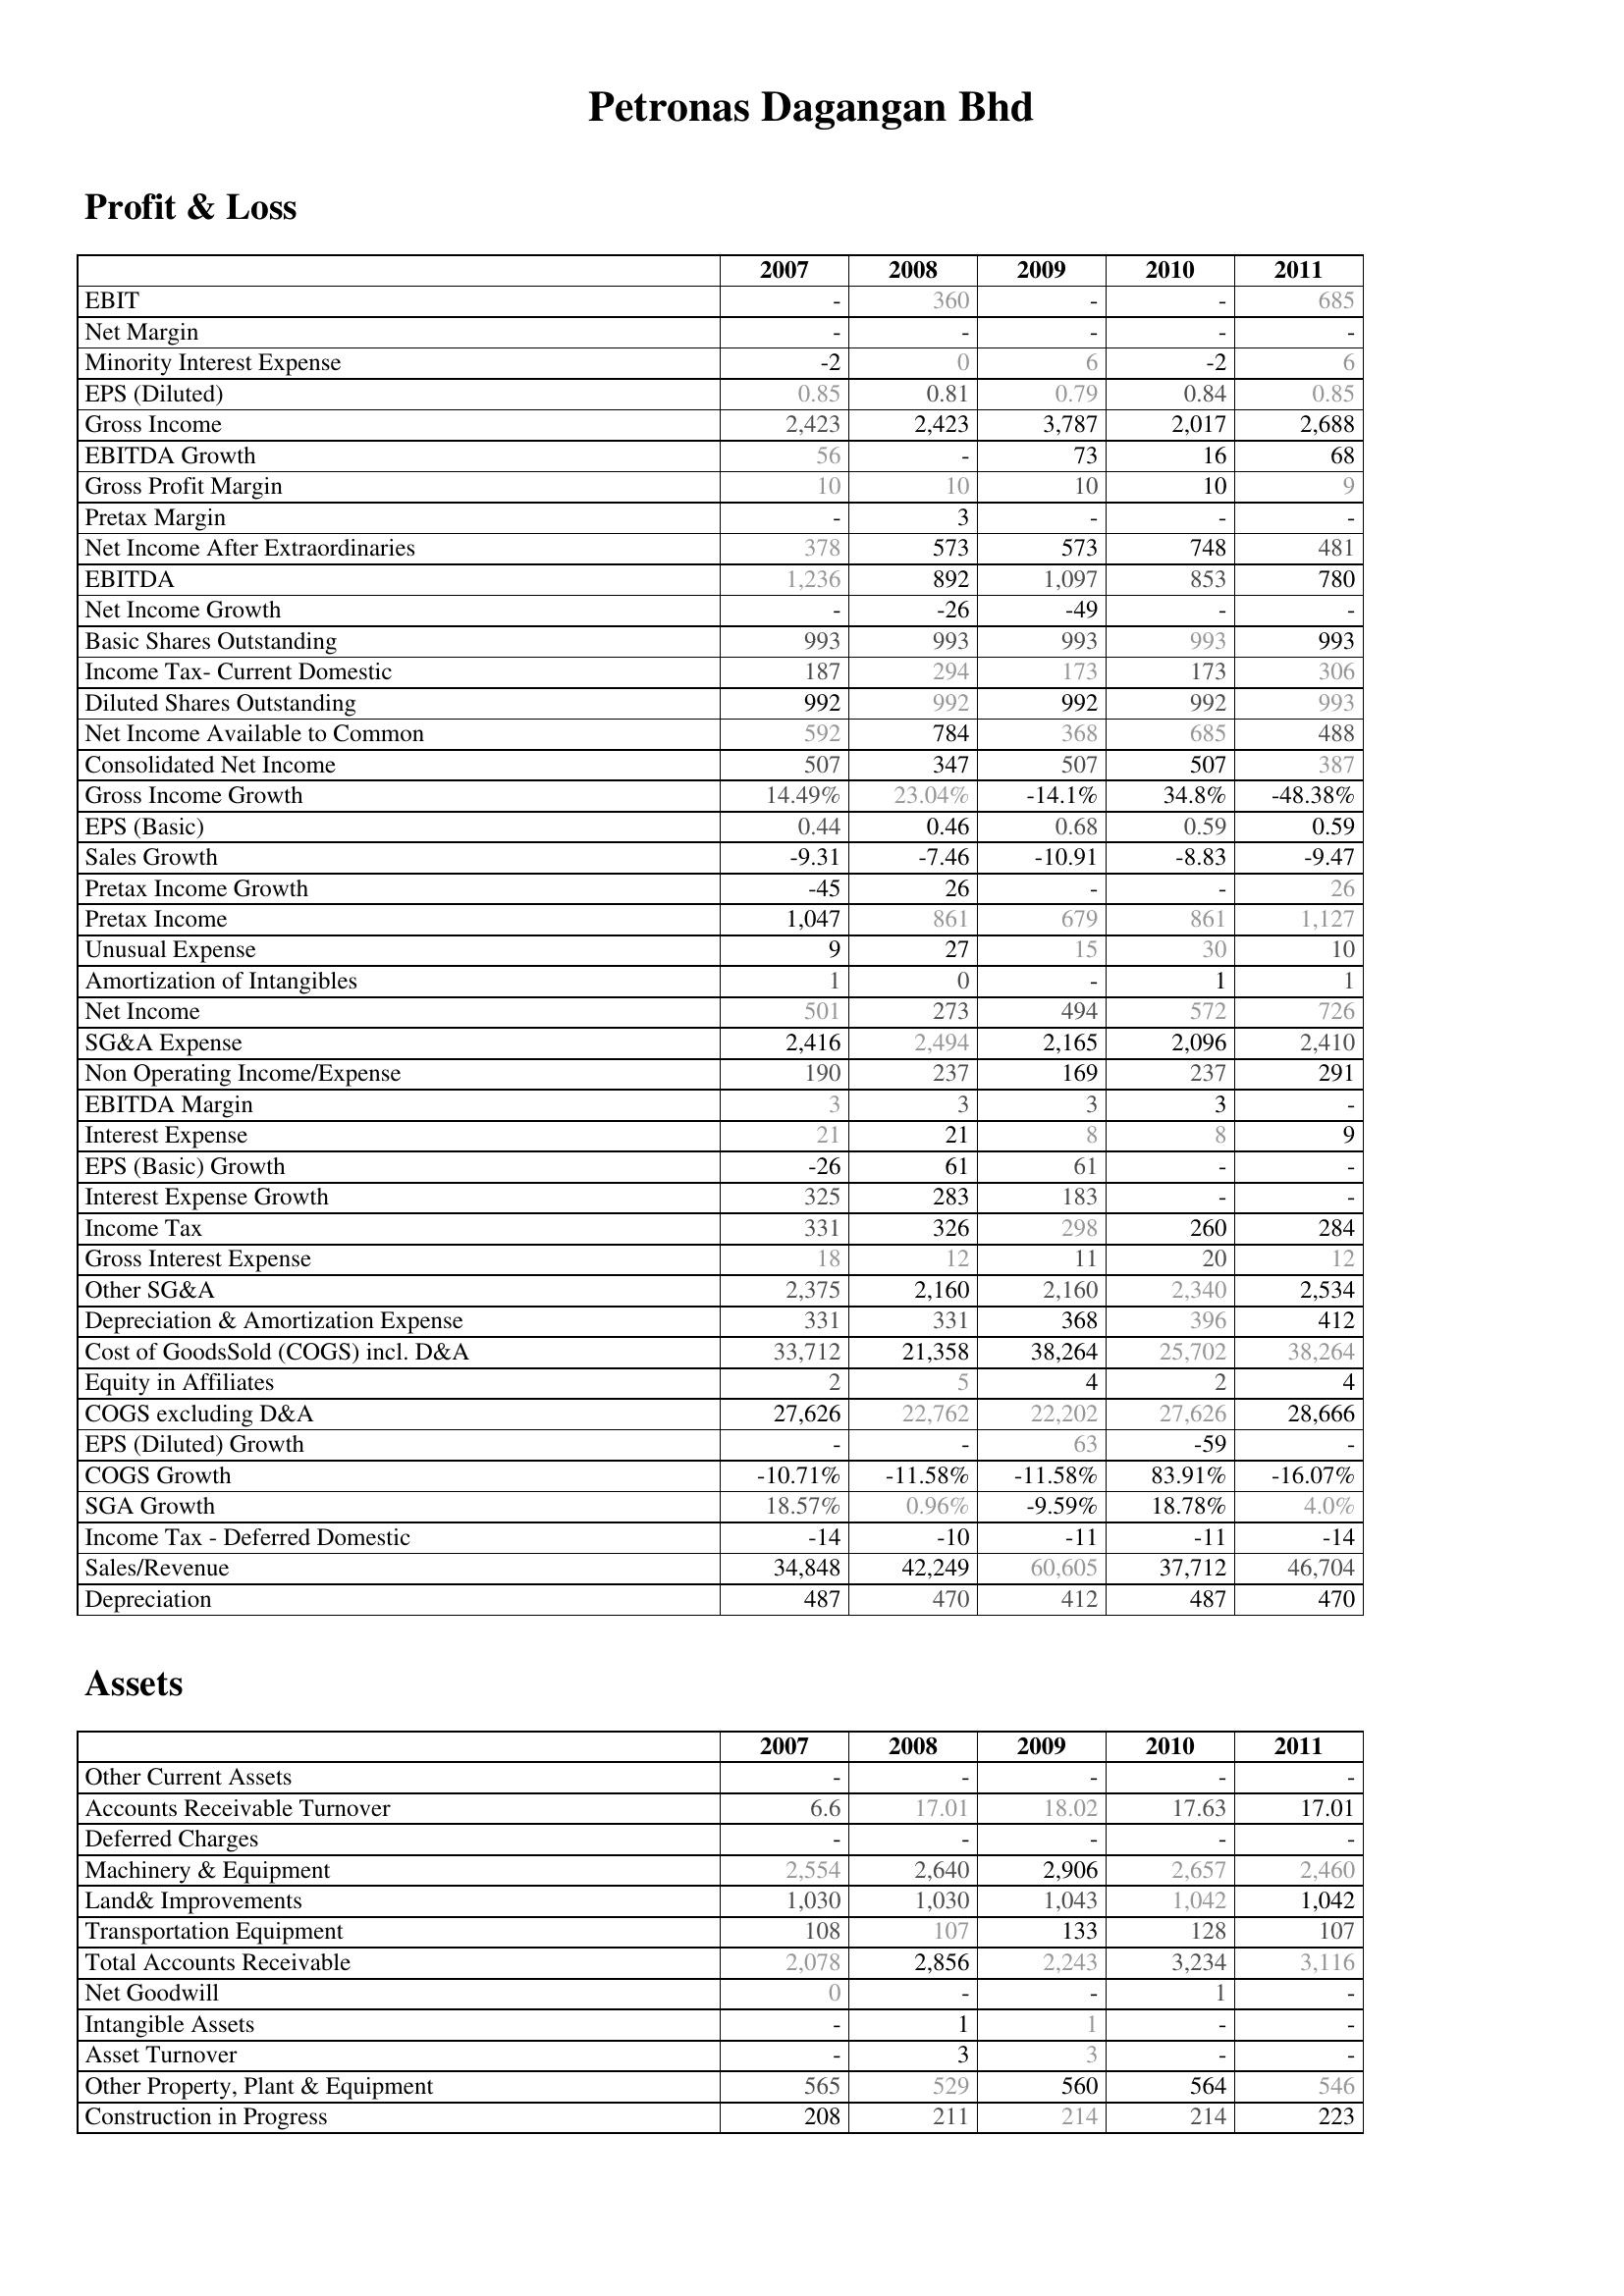
2007: Profit & Loss: EBIT: -
Net Margin: -
Minority Interest Expense: -2
EPS (Diluted): 0.85
Gross Income: 2,423
EBITDA Growth: 56
Gross Profit Margin: 10
Pretax Margin: -
Net Income After Extraordinaries: 378
EBITDA: 1,236
Net Income Growth: -
Basic Shares Outstanding: 993
Income Tax- Current Domestic: 187
Diluted Shares Outstanding: 992
Net Income Available to Common: 592
Consolidated Net Income: 507
Gross Income Growth: 14.49%
EPS (Basic): 0.44
Sales Growth: -9.31
Pretax Income Growth: -45
Pretax Income: 1,047
Unusual Expense: 9
Amortization of Intangibles: 1
Net Income: 501
SG&A Expense: 2,416
Non Operating Income/Expense: 190
EBITDA Margin: 3
Interest Expense: 21
EPS (Basic) Growth: -26
Interest Expense Growth: 325
Income Tax: 331
Gross Interest Expense: 18
Other SG&A: 2,375
Depreciation & Amortization Expense: 331
Cost of GoodsSold (COGS) incl. D&A: 33,712
Equity in Affiliates: 2
COGS excluding D&A: 27,626
EPS (Diluted) Growth: -
COGS Growth: -10.71%
SGA Growth: 18.57%
Income Tax - Deferred Domestic: -14
Sales/Revenue: 34,848
Depreciation: 487
Assets: Other Current Assets: -
Accounts Receivable Turnover: 6.6
Deferred Charges: -
Machinery & Equipment: 2,554
Land& Improvements: 1,030
Transportation Equipment: 108
Total Accounts Receivable: 2,078
Net Goodwill: 0
Intangible Assets: -
Asset Turnover: -
Other Property, Plant & Equipment: 565
Construction in Progress: 208
2008: Profit & Loss: EBIT: 360
Net Margin: -
Minority Interest Expense: 0
EPS (Diluted): 0.81
Gross Income: 2,423
EBITDA Growth: -
Gross Profit Margin: 10
Pretax Margin: 3
Net Income After Extraordinaries: 573
EBITDA: 892
Net Income Growth: -26
Basic Shares Outstanding: 993
Income Tax- Current Domestic: 294
Diluted Shares Outstanding: 992
Net Income Available to Common: 784
Consolidated Net Income: 347
Gross Income Growth: 23.04%
EPS (Basic): 0.46
Sales Growth: -7.46
Pretax Income Growth: 26
Pretax Income: 861
Unusual Expense: 27
Amortization of Intangibles: 0
Net Income: 273
SG&A Expense: 2,494
Non Operating Income/Expense: 237
EBITDA Margin: 3
Interest Expense: 21
EPS (Basic) Growth: 61
Interest Expense Growth: 283
Income Tax: 326
Gross Interest Expense: 12
Other SG&A: 2,160
Depreciation & Amortization Expense: 331
Cost of GoodsSold (COGS) incl. D&A: 21,358
Equity in Affiliates: 5
COGS excluding D&A: 22,762
EPS (Diluted) Growth: -
COGS Growth: -11.58%
SGA Growth: 0.96%
Income Tax - Deferred Domestic: -10
Sales/Revenue: 42,249
Depreciation: 470
Assets: Other Current Assets: -
Accounts Receivable Turnover: 17.01
Deferred Charges: -
Machinery & Equipment: 2,640
Land& Improvements: 1,030
Transportation Equipment: 107
Total Accounts Receivable: 2,856
Net Goodwill: -
Intangible Assets: 1
Asset Turnover: 3
Other Property, Plant & Equipment: 529
Construction in Progress: 211
2009: Profit & Loss: EBIT: -
Net Margin: -
Minority Interest Expense: 6
EPS (Diluted): 0.79
Gross Income: 3,787
EBITDA Growth: 73
Gross Profit Margin: 10
Pretax Margin: -
Net Income After Extraordinaries: 573
EBITDA: 1,097
Net Income Growth: -49
Basic Shares Outstanding: 993
Income Tax- Current Domestic: 173
Diluted Shares Outstanding: 992
Net Income Available to Common: 368
Consolidated Net Income: 507
Gross Income Growth: -14.1%
EPS (Basic): 0.68
Sales Growth: -10.91
Pretax Income Growth: -
Pretax Income: 679
Unusual Expense: 15
Amortization of Intangibles: -
Net Income: 494
SG&A Expense: 2,165
Non Operating Income/Expense: 169
EBITDA Margin: 3
Interest Expense: 8
EPS (Basic) Growth: 61
Interest Expense Growth: 183
Income Tax: 298
Gross Interest Expense: 11
Other SG&A: 2,160
Depreciation & Amortization Expense: 368
Cost of GoodsSold (COGS) incl. D&A: 38,264
Equity in Affiliates: 4
COGS excluding D&A: 22,202
EPS (Diluted) Growth: 63
COGS Growth: -11.58%
SGA Growth: -9.59%
Income Tax - Deferred Domestic: -11
Sales/Revenue: 60,605
Depreciation: 412
Assets: Other Current Assets: -
Accounts Receivable Turnover: 18.02
Deferred Charges: -
Machinery & Equipment: 2,906
Land& Improvements: 1,043
Transportation Equipment: 133
Total Accounts Receivable: 2,243
Net Goodwill: -
Intangible Assets: 1
Asset Turnover: 3
Other Property, Plant & Equipment: 560
Construction in Progress: 214
2010: Profit & Loss: EBIT: -
Net Margin: -
Minority Interest Expense: -2
EPS (Diluted): 0.84
Gross Income: 2,017
EBITDA Growth: 16
Gross Profit Margin: 10
Pretax Margin: -
Net Income After Extraordinaries: 748
EBITDA: 853
Net Income Growth: -
Basic Shares Outstanding: 993
Income Tax- Current Domestic: 173
Diluted Shares Outstanding: 992
Net Income Available to Common: 685
Consolidated Net Income: 507
Gross Income Growth: 34.8%
EPS (Basic): 0.59
Sales Growth: -8.83
Pretax Income Growth: -
Pretax Income: 861
Unusual Expense: 30
Amortization of Intangibles: 1
Net Income: 572
SG&A Expense: 2,096
Non Operating Income/Expense: 237
EBITDA Margin: 3
Interest Expense: 8
EPS (Basic) Growth: -
Interest Expense Growth: -
Income Tax: 260
Gross Interest Expense: 20
Other SG&A: 2,340
Depreciation & Amortization Expense: 396
Cost of GoodsSold (COGS) incl. D&A: 25,702
Equity in Affiliates: 2
COGS excluding D&A: 27,626
EPS (Diluted) Growth: -59
COGS Growth: 83.91%
SGA Growth: 18.78%
Income Tax - Deferred Domestic: -11
Sales/Revenue: 37,712
Depreciation: 487
Assets: Other Current Assets: -
Accounts Receivable Turnover: 17.63
Deferred Charges: -
Machinery & Equipment: 2,657
Land& Improvements: 1,042
Transportation Equipment: 128
Total Accounts Receivable: 3,234
Net Goodwill: 1
Intangible Assets: -
Asset Turnover: -
Other Property, Plant & Equipment: 564
Construction in Progress: 214
2011: Profit & Loss: EBIT: 685
Net Margin: -
Minority Interest Expense: 6
EPS (Diluted): 0.85
Gross Income: 2,688
EBITDA Growth: 68
Gross Profit Margin: 9
Pretax Margin: -
Net Income After Extraordinaries: 481
EBITDA: 780
Net Income Growth: -
Basic Shares Outstanding: 993
Income Tax- Current Domestic: 306
Diluted Shares Outstanding: 993
Net Income Available to Common: 488
Consolidated Net Income: 387
Gross Income Growth: -48.38%
EPS (Basic): 0.59
Sales Growth: -9.47
Pretax Income Growth: 26
Pretax Income: 1,127
Unusual Expense: 10
Amortization of Intangibles: 1
Net Income: 726
SG&A Expense: 2,410
Non Operating Income/Expense: 291
EBITDA Margin: -
Interest Expense: 9
EPS (Basic) Growth: -
Interest Expense Growth: -
Income Tax: 284
Gross Interest Expense: 12
Other SG&A: 2,534
Depreciation & Amortization Expense: 412
Cost of GoodsSold (COGS) incl. D&A: 38,264
Equity in Affiliates: 4
COGS excluding D&A: 28,666
EPS (Diluted) Growth: -
COGS Growth: -16.07%
SGA Growth: 4.0%
Income Tax - Deferred Domestic: -14
Sales/Revenue: 46,704
Depreciation: 470
Assets: Other Current Assets: -
Accounts Receivable Turnover: 17.01
Deferred Charges: -
Machinery & Equipment: 2,460
Land& Improvements: 1,042
Transportation Equipment: 107
Total Accounts Receivable: 3,116
Net Goodwill: -
Intangible Assets: -
Asset Turnover: -
Other Property, Plant & Equipment: 546
Construction in Progress: 223